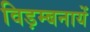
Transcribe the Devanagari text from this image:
विड़म्बनायें